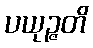
ပယုဉ္ဇတိ